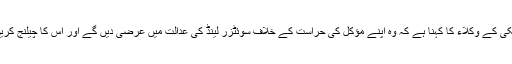
پولانسکی کے وکلاء کا کہنا ہے کہ وہ اپنے مؤکل کی حراست کے خلاف سوئٹزر لینڈ کی عدالت میں عرضی دیں گے اور اس کا چیلنج کریں گے۔